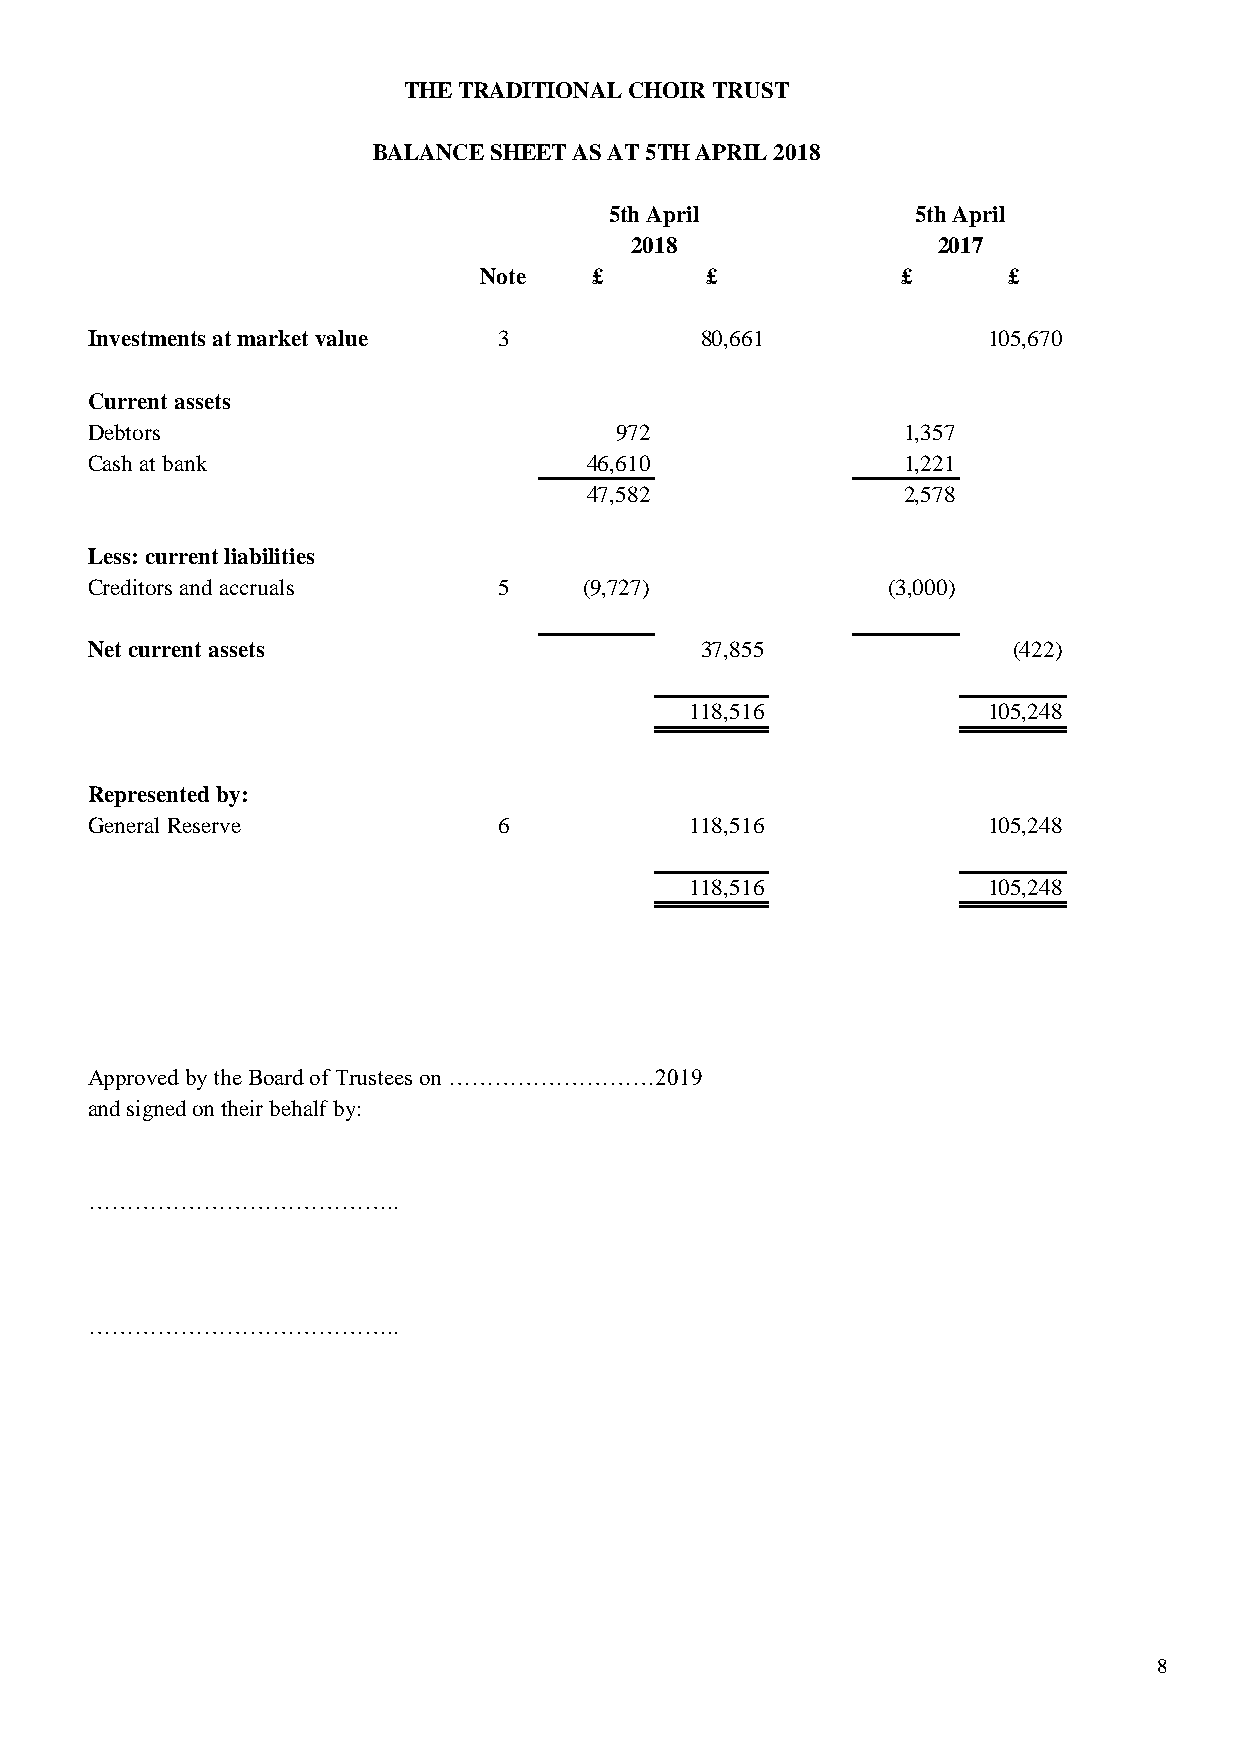
THE TRADITIONAL CHOIR TRUST
 BALANCE SHEET AS AT 5TH APRIL 2018
 5th April            5th April
 2018                2017
 Note   £       £            £      £
 Investments at market value 3           80,661             105,670
 Current assets
 Debtors                            972                1,357
 Cash at bank                     46,610               1,221
 47,582               2,578
 Less: current liabilities
 Creditors and accruals     5     (9,727)             (3,000)
 Net current assets                      37,855               (422)
 118,516            105,248
 Represented by:
 General Reserve            6            118,516            105,248
 118,516            105,248
 - 0.47
 Approved by the Board of Trustees on ………………………2019
 and signed on their behalf by:
 …………………………………..
 …………………………………..
 8